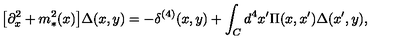
\big [ \partial _ { x } ^ { 2 } + m _ { * } ^ { 2 } ( x ) \big ] \Delta ( x , y ) = - \delta ^ { ( 4 ) } ( x , y ) + \int _ { C } d ^ { 4 } x ^ { \prime } \Pi ( x , x ^ { \prime } ) \Delta ( x ^ { \prime } , y ) ,